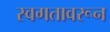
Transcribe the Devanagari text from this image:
स्वगतावरून